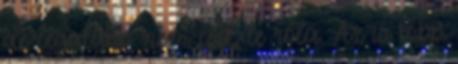
de legalább nem esik le róla. Az is több